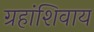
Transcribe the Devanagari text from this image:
ग्रहांशिवाय